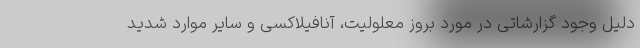
دلیل وجود گزارشاتی در مورد بروز معلولیت، آنافیلاکسی و سایر موارد شدید